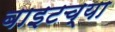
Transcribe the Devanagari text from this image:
बाइटच्या